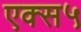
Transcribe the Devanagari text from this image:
एक्स५